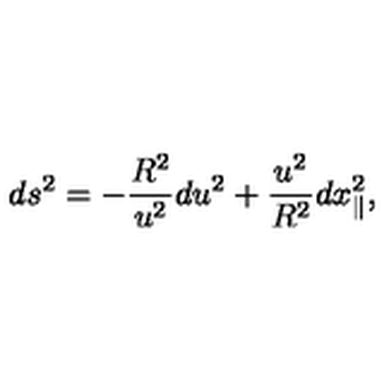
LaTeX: d s ^ { 2 } = - \frac { R ^ { 2 } } { u ^ { 2 } } d u ^ { 2 } + \frac { u ^ { 2 } } { R ^ { 2 } } d x _ { \parallel } ^ { 2 } ,